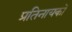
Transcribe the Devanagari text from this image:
प्रतिनायकों